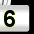
Digit: 3